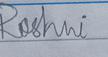
Signature authenticity: forged